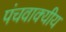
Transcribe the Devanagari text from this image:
पंचवाक्यीय